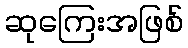
ဆုကြေးအဖြစ်